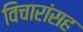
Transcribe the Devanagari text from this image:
विचारांसह